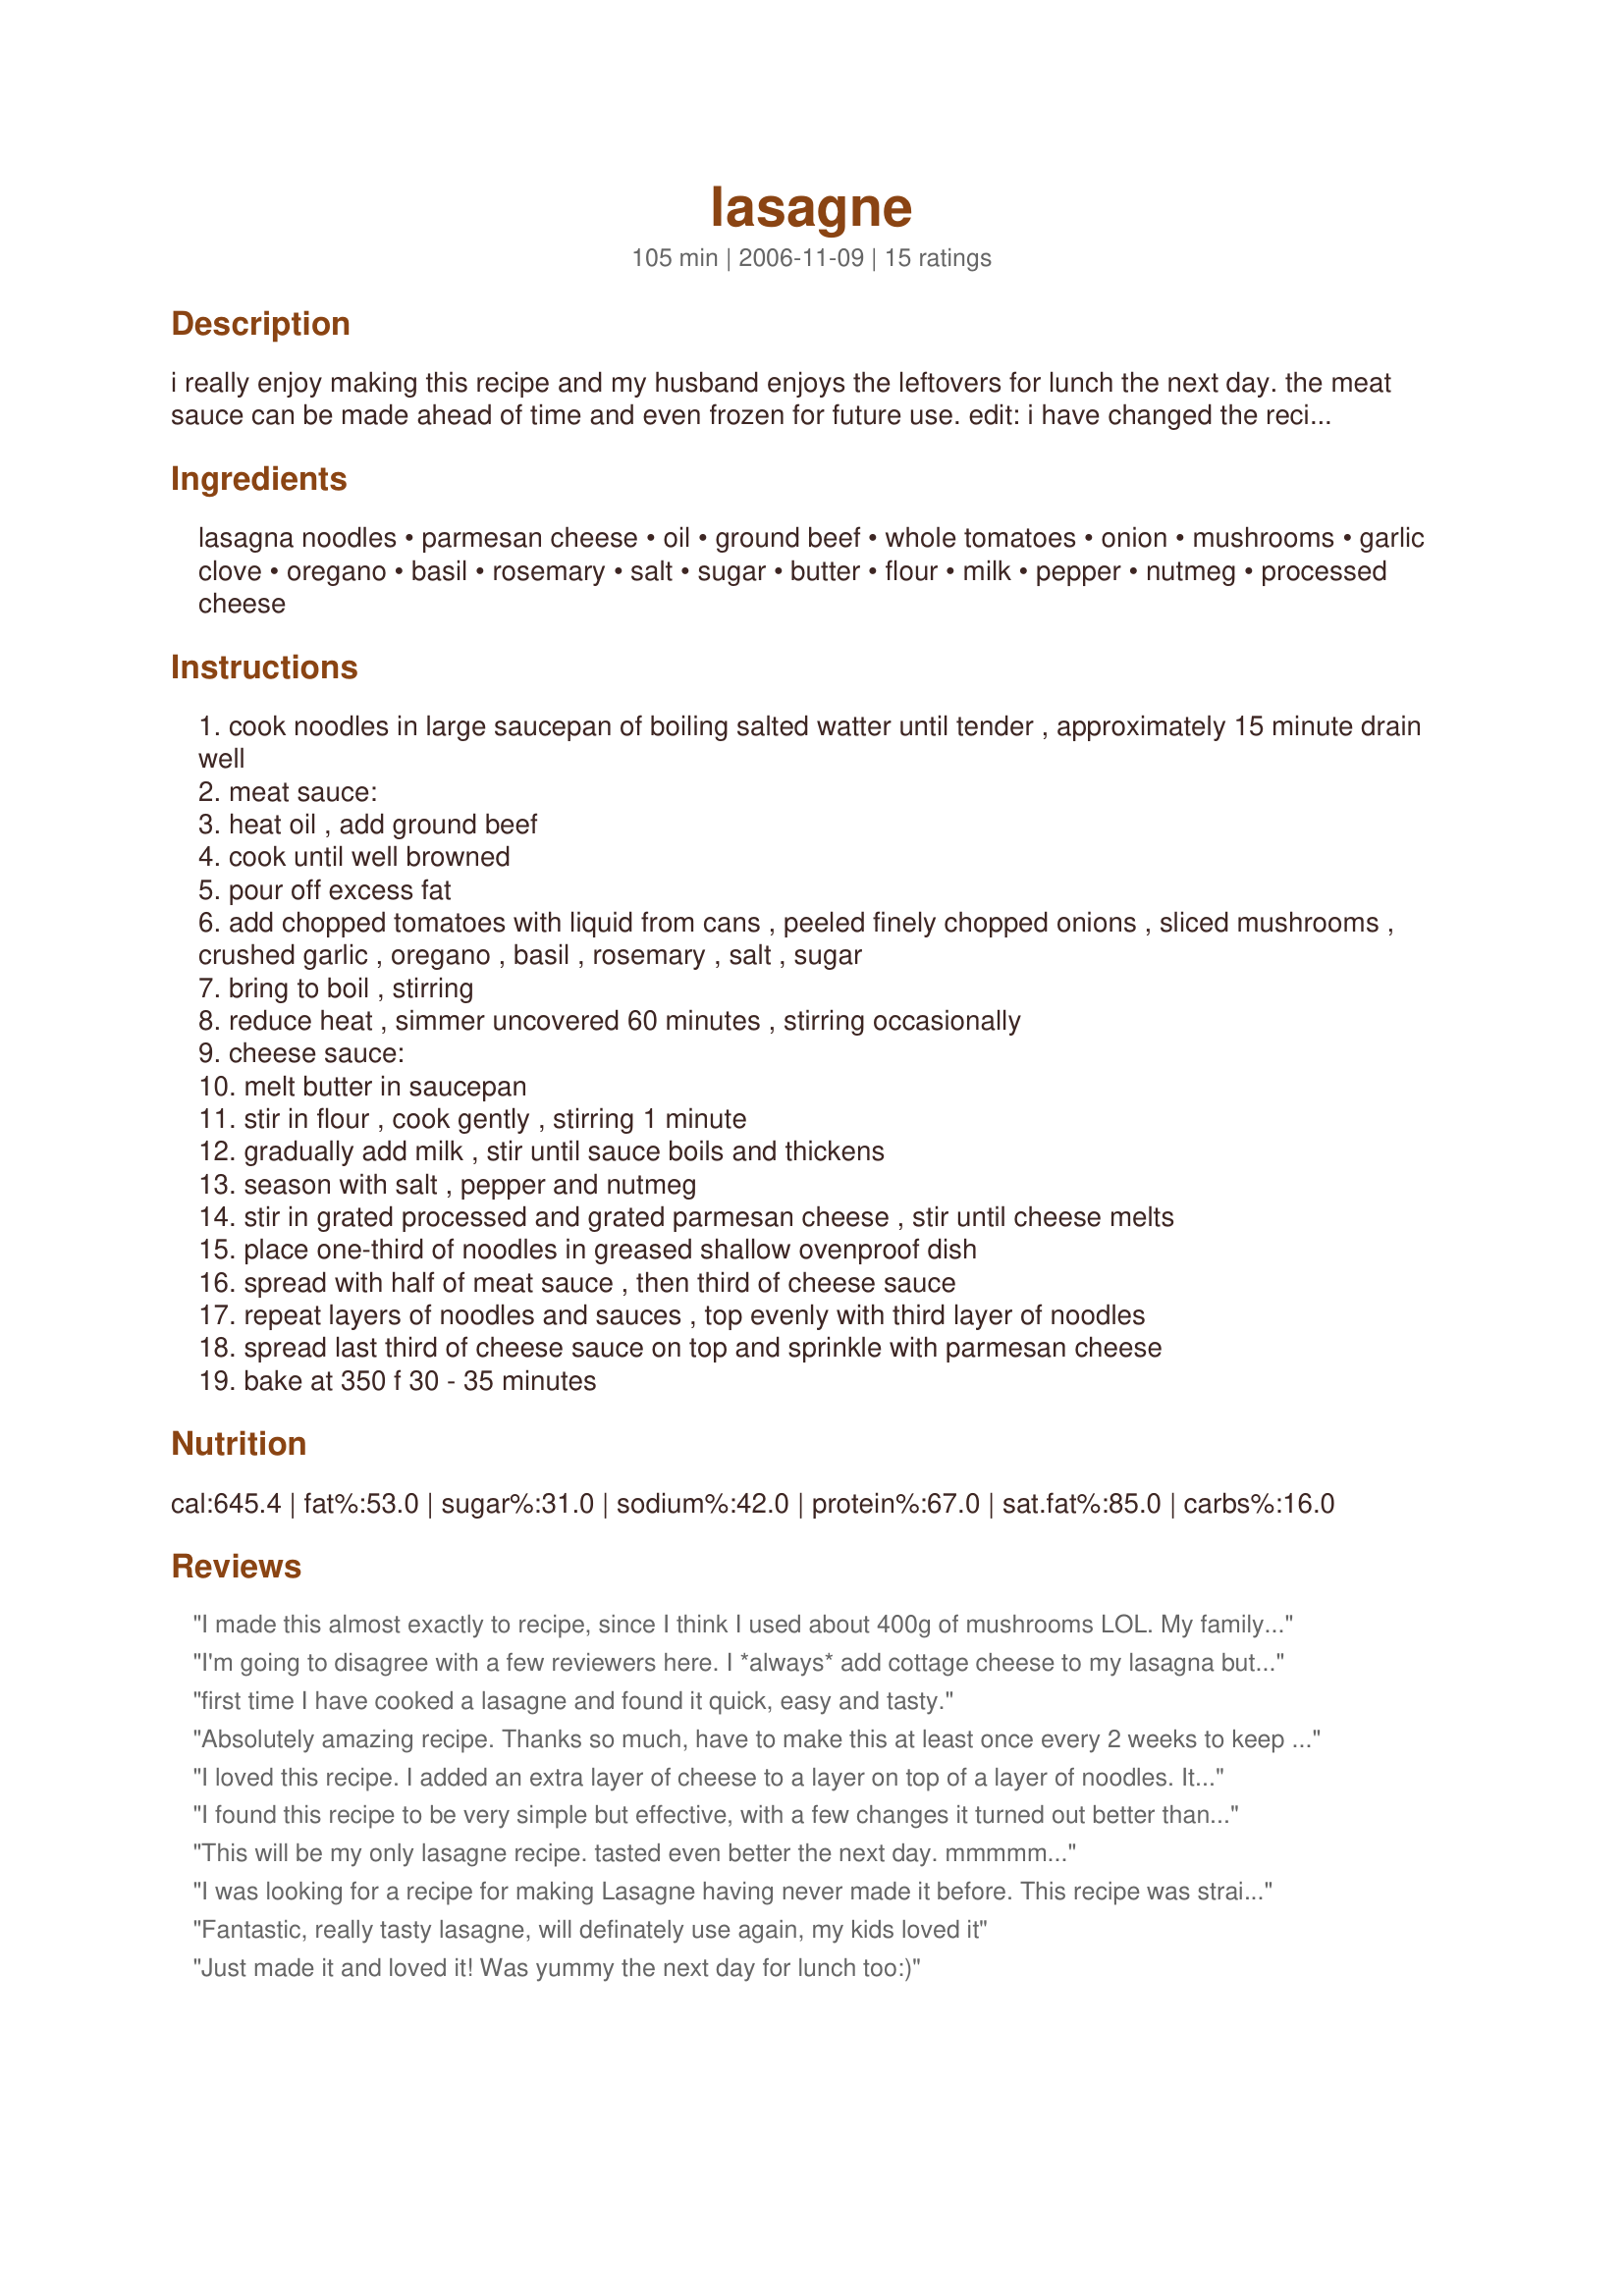
lasagne
Preparation time: 105 minutes

i really enjoy making this recipe and my husband enjoys the leftovers for lunch the next day. the meat sauce can be made ahead of time and even frozen for future use.
edit: i have changed the recipe slightly from original posting as i have been experimenting and have been able to make it firmer.

Ingredients:
lasagna noodles, parmesan cheese, oil, ground beef, whole tomatoes, onion, mushrooms, garlic clove, oregano, basil, rosemary, salt, sugar, butter, flour, milk, pepper, nutmeg, processed cheese

Steps:
cook noodles in large saucepan of boiling salted watter until tender , approximately 15 minute drain well
meat sauce:
heat oil , add ground beef
cook until well browned
pour off excess fat
add chopped tomatoes with liquid from cans , peeled finely chopped onions , sliced mushrooms , crushed garlic , oregano , basil , rosemary , salt , sugar
bring to boil , stirring
reduce heat , simmer uncovered 60 minutes , stirring occasionally
cheese sauce:
melt butter in saucepan
stir in flour , cook gently , stirring 1 minute
gradually add milk , stir until sauce boils and thickens
season with salt , pepper and nutmeg
stir in grated processed and grated parmesan cheese , stir until cheese melts
place one-third of noodles in greased shallow ovenproof dish
spread with half of meat sauce , then third of cheese sauce
repeat layers of noodles and sauces , top evenly with third layer of noodles
spread last third of cheese sauce on top and sprinkle with parmesan cheese
bake at 350 f 30 - 35 minutes

Reviews:
I made this almost exactly to recipe, since I think I used about 400g of mushrooms LOL. My family and I love the things. And I also crumbled a beef stock cube amongst the beef while cooking, I like extra flavour. This was also my first time ever cooking lasagne!!! I was so proud of it, it turned out perfectly :D I'm just sad that it's not Winter, this isn't really a hot-day-food but I just had one of those cravings and couldn't help myself. Hehe, thank you for a great recipe :D
I'm going to disagree with a few reviewers here. I *always* add cottage cheese to my lasagna but didn't for this recipe and found the lasagna quite dry. For us the noodles didn't have enough moisture to cook properly and were hard. I served this with a green salad and garlic bread.
first time I have cooked a lasagne and found it quick, easy and tasty.
Absolutely amazing recipe.
Thanks so much, have to make this at least once every 2 weeks to keep everyone happy - it tastes so great =o)
I loved this recipe. I added an extra layer of cheese to a layer on top of a layer of noodles. It's a keeper.
I found this recipe to be very simple but effective, with a few changes it turned out better than I thought. I used ground turkey & pork. I also added red bell pepper & a small can of tomatoe sauce along with the whole tamatoes. In the cheese sauce I added mozerella along w/ the parmesan cheese. And when layering the meat & cheese sauce I also included ricotta cheese in one layer & a lil' on top.
This will be my only lasagne recipe. tasted even better the next day. mmmmm...
I was looking for a recipe for making Lasagne having never made it before. This recipe was straight forward, tasty and held together well. I couldn't find 470g cans of tomatoes, so had to use 400g cans - so I added 100ml beef stock for extra liquid, this worked well. I used cheddar cheese instead of processed cheese which was fine. I heated the Lasagne from cold and it took approximately 45 minutes at Fan 160. I will be adding this to my favourite recipes!
Fantastic, really tasty lasagne, will definately use again, my kids loved it
Just made it and loved it! Was yummy the next day for lunch too:)
Great lasagna. Happens to be the only one I've ever made that my family raved over. Thanks!
I gotta say this was the first I made lasagne and it worked a treat thanks for this recipe i love making it. Am going to make it tonight but goig to add some streaky bacon chopped into the minced meat for some variety. I have also used minc pork with this and must say It was really tasty.
Spectacular, best lasagne I have ever tasted and then some!
This is a fantastic Lasagne recipe...even my "I dislike lasagne" DH enjoyed it. This will become a regular at our house. I made and assembled it the night before, so when arriving home all that had to be done to heat it. I used instant lasagne sheets with great results.
Thanks for sharing!!
Loved the lasagne recipe!! I had been looking for a lasange recipe that contained a bechamel sauce as the cheese sauce, Again I loved it with no modifications!
